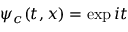
\psi _ { c } ( t , x ) = \exp { i t }